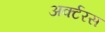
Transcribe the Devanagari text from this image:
अर्क्टरस